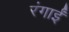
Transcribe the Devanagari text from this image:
रंगाईं